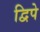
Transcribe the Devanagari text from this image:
द्विपे